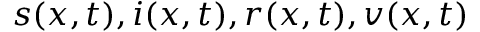
s ( x , t ) , i ( x , t ) , r ( x , t ) , v ( x , t )